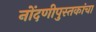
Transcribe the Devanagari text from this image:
नोंदणीपुस्तकांचा